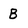
Character: B